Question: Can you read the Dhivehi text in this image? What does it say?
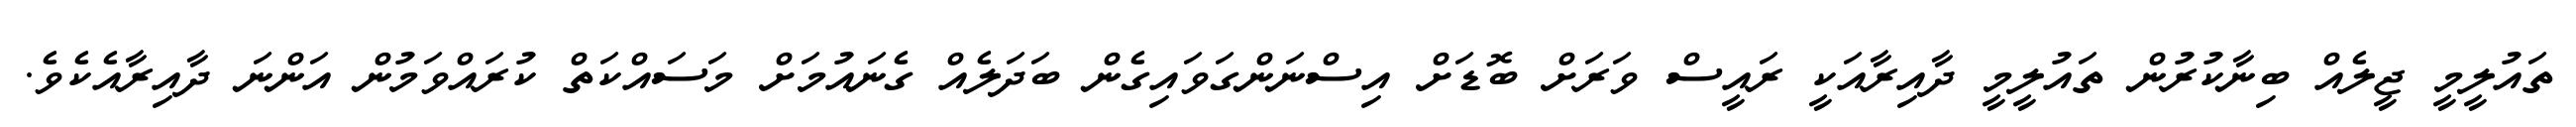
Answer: ތައުލީމީ ޖީލެއް ބިނާކުރުން ތައުލީމީ ދާއިރާއަކީ ރައީސް ވަރަށް ބޮޑަށް އިސްނަންގަވައިގެން ބަދަލެއް ގެނައުމަށް މަސައްކަތް ކުރައްވަމުން އަންނަ ދާއިރާއެކެވެ.